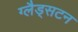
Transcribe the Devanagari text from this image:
ग्लैड्सटन